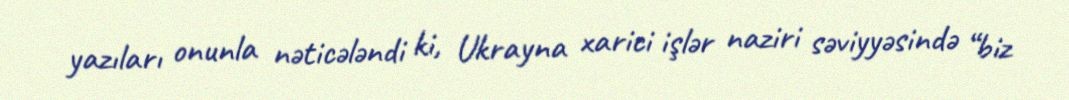
yazıları onunla nəticələndi ki, Ukrayna xarici işlər naziri səviyyəsində “biz